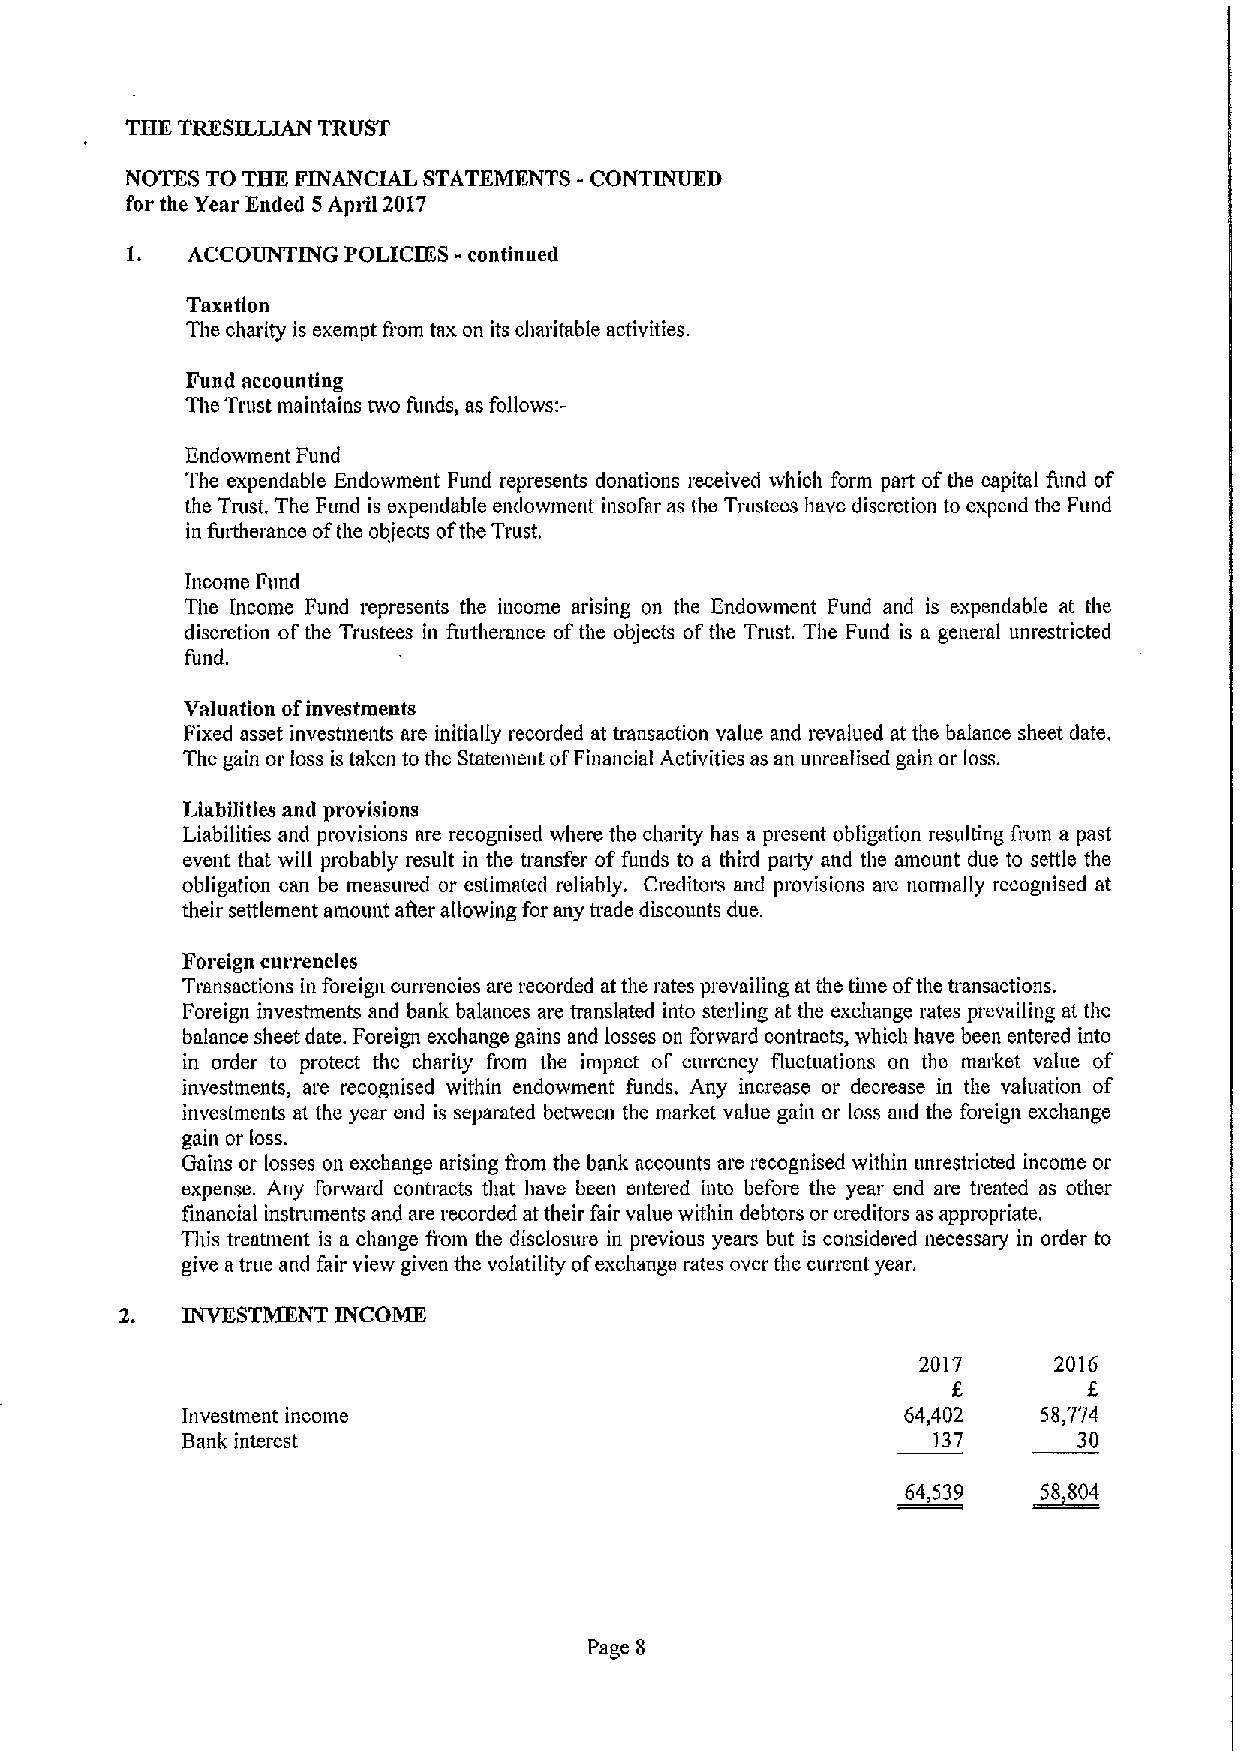
THK TRESILLIAN TRUST
 NOTES TO THE FINANCIAL STATEMENTS - CONTINUED
 for the Year Ended 5April 2017
 ACCOUNTING POLICIES -continued
 Taxation
 The charity is exempt fiom tax on its charitable activities.
 Fund accounting
 The Trust maintains two funds, as follows:-
 Endowment Fund
 The expendable Endowment Fund represents donations received which form part ofthe capital fund of
 the Trust. The Fund is expendable endowment insofar as the Trustees have discretion to expend the Fund
 in furtherance ofthe objects ofthe Trust.
 Income Fund
 The Income Fund represents the income arising on the Endowment Fund and is expendable at the
 discretion ofthe Trustees in furtherance ofthe objects ofthe Trust. The Fund is a general unrestricted
 fund.
 Valuation ofinvestments
 Fixed asset inveshnents are initially recorded at transaction value and revalued at the balance sheet date,
 The gain or loss is taken to the Statement ofFinancial Activities as an unrealised gain or loss.
 Liabilities aud provisions
 Liabilities and provisions are recognised where the charity has a present obligation resulting fiom a past
 event that will probably result in the transfer offunds to a third paity and the amount due to settle the
 obligation can be measured or estimated reliably. Creditors and provisions aiv, normally recognised at
 their settlement amount after allowing for any trade discounts due.
 Foreign currencies
 Transactions in foreign ourrencies are recorded at the rates prevailing at the tune ofthe transaotions.
 Foreign investments and bank balances are translated into sterling at the exchange rates prevailing at the
 balance sheet date. Foreign exchange gains and losses on forward contracts, which have been entered into
 in order to protect the charity from the impact of currency fluctuations on the market value of
 investments, are recognised within endowment funds. Any increase or decrease in the valuation of
 investments at the year end is separated between the market value gain or loss and the foreign exchange
 gain or loss.
 Gains or losses on exchange arising from the bank accounts are recognised within unrestricted income or
 expense. Any forward contracts that have been entered into before the year end are treated as other
 financial instniments and are recorded at their fair value within debtors or creditors as appropriate.
 This treatment is a change from the disolosure in previous yearu but is considered necessary in order to
 give atrue and fair view given the volatility ofexchange rates over the current year.
 INVKSTMKNT INCOME
 2017     2016
 f,
 Investment income                               64,402   58,774
 Bank interest                                     137      30
 64,539  ~58 804
 Page 8